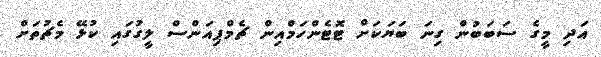
އަދި މީގެ ސަބަބުން ގިނަ ބަޔަކަށް ޓޮޓެންހަމްއިން ޗެމްޕިއަންސް ލީގުގައި ކުޅޭ މެޗުތަށް